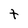
Character: t